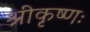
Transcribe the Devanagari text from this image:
श्रीकृष्णः